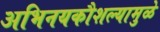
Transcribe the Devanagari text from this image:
अभिनयकौशल्यामुळे